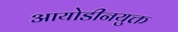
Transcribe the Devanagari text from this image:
आयोडीनयुक्त